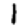
Digit: 1